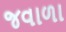
જવાળા